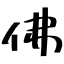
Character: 佛